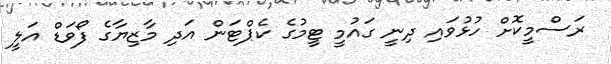
ރަސްމީކޮށް ހުޅުވައި ދިނީ ގައުމީ ޓީމުގެ ކެޕްޓަން އަދި މާޒިޔާގެ ފޯވަޑް އަލީ